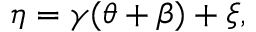
\eta = \gamma ( \theta + \beta ) + \xi ,